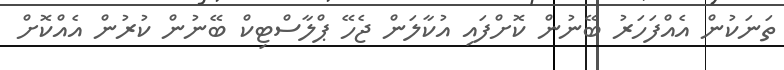
ތަނަކުން އެއްފަހަރު ބޭނުން ކޮށްފައި އުކާލަން ޖެހޭ ޕްލާސްޓިކް ބޭނުން ކުރުން އެއްކޮށް